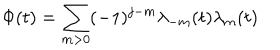
\Phi ( t ) = \sum _ { m > 0 } ( - 1 ) ^ { j - m } \lambda _ { - m } ( t ) \lambda _ { m } ( t )